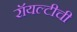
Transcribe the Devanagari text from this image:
रॉयल्टीची